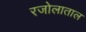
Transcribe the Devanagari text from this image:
रजोलाताल